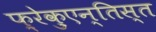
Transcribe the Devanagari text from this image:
फ़्रेक़ुएन्तिस्त